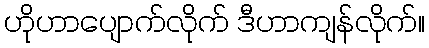
ဟိုဟာပျောက်လိုက် ဒီဟာကျန်လိုက်။